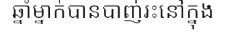
ឆ្នាំម្នាក់បានបាញ់រះនៅក្នុង